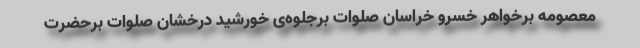
معصومه برخواهر خسرو خراسان صلوات برجلوه‌ی خورشید درخشان صلوات برحضرت